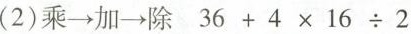
(2)乘\rightarrow 加\rightarrow 除 $$3 6 + 4 \times 1 6 \div 2$$